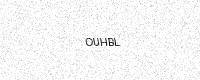
Text: OUHBL